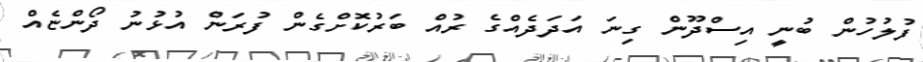
ފުލުހުން ބުނީ އިސްދޫން ގިނަ އަދަދެއްގެ ރުއް ބަރުކޮށްގެން ފުރަން އުޅުނު ދޯންޏެއް